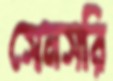
সেনসরি